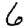
Digit: 6